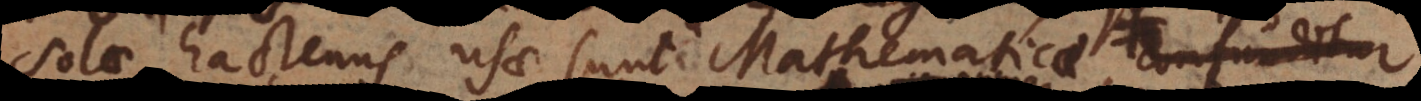
solae hactenus usae sunt Mathematicae, fluxae